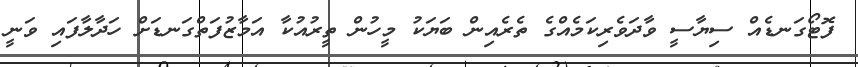
ފޮޓޯގަނޑެއް ސިޔާސީ ވާދަވެރިކަމެއްގެ ތެރެއިން ބަޔަކު މީހުން ތީރުއުކާ އަމާޒުފަތްގަނޑަށް ހަދާލާފައި ވަނީ